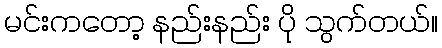
မင်းကတော့ နည်းနည်း ပို သွက်တယ်။